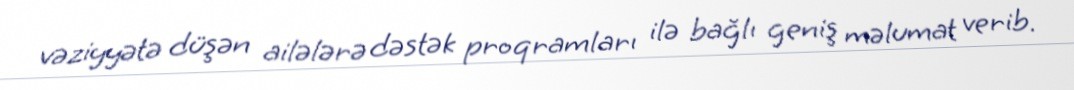
vəziyyətə düşən ailələrə dəstək proqramları ilə bağlı geniş məlumat verib.